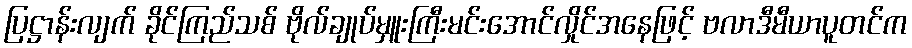
ပြဋ္ဌာန်းလျက် ခိုင်ကြည်သစ် ဗိုလ်ချုပ်မှူးကြီးမင်းအောင်လှိုင်အနေဖြင့် ဗလာဒီမီယာပူတင်က